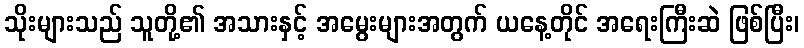
သိုးများသည် သူတို့၏ အသားနှင့် အမွေးများအတွက် ယနေ့တိုင် အရေးကြီးဆဲ ဖြစ်ပြီး၊